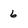
Character: 6